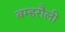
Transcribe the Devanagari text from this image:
बम्हरौली